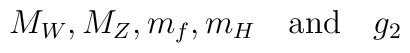
M_W ,  M_Z ,  m_f ,  m_H  \quad \mbox{and} \quad  g_2